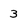
Character: 3